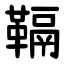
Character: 䩹